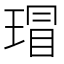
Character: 瑁